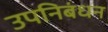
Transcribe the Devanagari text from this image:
उपनिबंधन